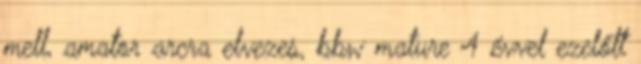
mell, amator arcra elvezes, bbw mature 4 évvel ezelőtt